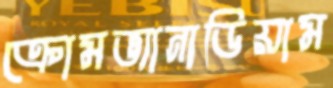
ক্রোমভ্যানাডিয়াম